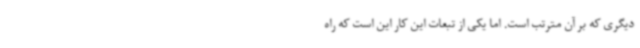
دیگری که بر آن مترتب است. اما یکی از تبعات این کار این است که راه